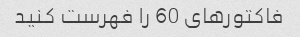
فاکتورهای 60 را فهرست کنید